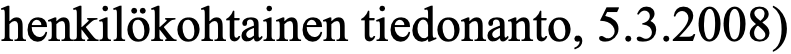
henkilökohtainen tiedonanto, 5.3.2008)